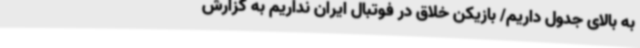
به بالای جدول داریم/ بازیکن خلاق در فوتبال ایران نداریم به گزارش